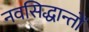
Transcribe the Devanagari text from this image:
नवसिद्धान्तों